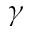
\gamma